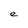
Character: e